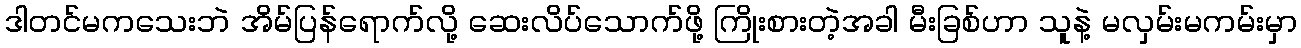
ဒါတင်မကသေးဘဲ အိမ်ပြန်ရောက်လို့ ဆေးလိပ်သောက်ဖို့ ကြိုးစားတဲ့အခါ မီးခြစ်ဟာ သူနဲ့ မလှမ်းမကမ်းမှာ